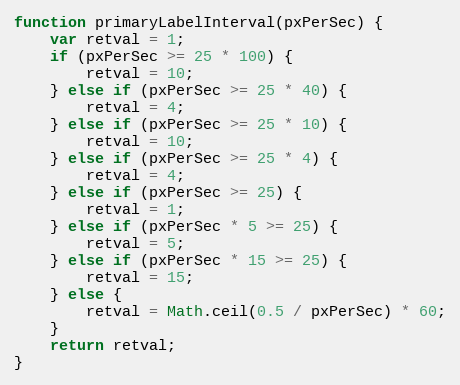
Language: JavaScript
function primaryLabelInterval(pxPerSec) {
    var retval = 1;
    if (pxPerSec >= 25 * 100) {
        retval = 10;
    } else if (pxPerSec >= 25 * 40) {
        retval = 4;
    } else if (pxPerSec >= 25 * 10) {
        retval = 10;
    } else if (pxPerSec >= 25 * 4) {
        retval = 4;
    } else if (pxPerSec >= 25) {
        retval = 1;
    } else if (pxPerSec * 5 >= 25) {
        retval = 5;
    } else if (pxPerSec * 15 >= 25) {
        retval = 15;
    } else {
        retval = Math.ceil(0.5 / pxPerSec) * 60;
    }
    return retval;
}